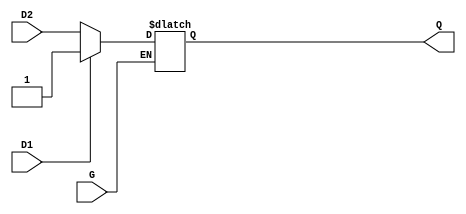
module DualInputGatedLatch (
    input wire D1,   // First data input
    input wire D2,   // Second data input
    input wire G,    // Gate control signal
    output reg Q     // Output that represents the stored value
);

always @* begin
    if (G) begin
        // When G is high, select between D1 and D2 based on a predetermined condition
        // Here we can define priority: D1 has priority over D2
        Q = D1 ? D1 : D2; // If D1 is high, Q takes D1; otherwise, it takes D2
    end
    // When G is low, Q retains its last state
end

endmodule